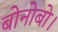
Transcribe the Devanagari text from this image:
बोनोबो।